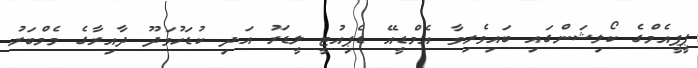
ޕީޕީއެމްގެ ކޯލިޝަންގައި ބައިވެރިވާ އެމްޑީއޭ ޑެޕިއުޓީ ލީޑަރު އަދި ކުޑަހުވަދޫ ދާއިރާގެ މެމްބަރު